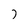
Character: 7